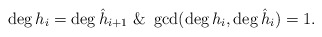
\begin{align*}\deg h_i=\deg \hat h_{i+1}\ \& \ \gcd(\deg h_i,\deg \hat h_i)=1.\end{align*}